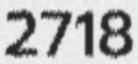
2718